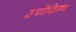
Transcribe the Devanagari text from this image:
उपोदिका